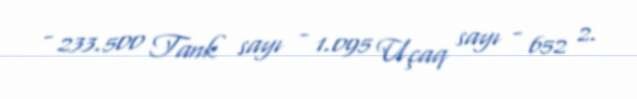
- 233.500 Tank sayı - 1.095 Uçaq sayı - 652 2.